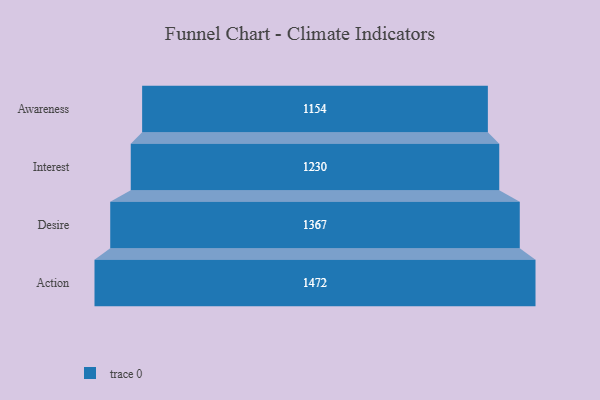
{"axis": {"x": "Stage", "y": "Value"}, "legend": [""], "data": [{"x": "Awareness", "y": 1154.0, "type": ""}, {"x": "Interest", "y": 1230.0, "type": ""}, {"x": "Desire", "y": 1367.0, "type": ""}, {"x": "Action", "y": 1472.0, "type": ""}]}